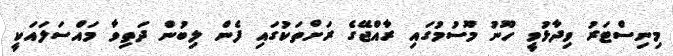
މިނިސްޓަރު ވިދާޅުވީ ހޫނު މޫސުމުގައި ރާއްޖޭގެ ރަށްތަކުގައި ފެން ލިބުން ދަތިވާ މައްސަލައަކީ